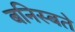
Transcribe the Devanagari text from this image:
बनिस्बते